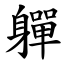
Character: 軃